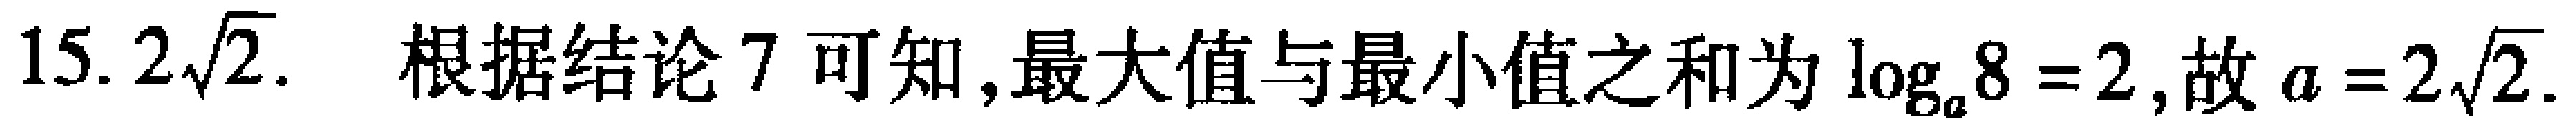
15. \(2\sqrt{2}\). 根据结论 7 可知,最大值与最小值之和为 \(\log_{a}8 = 2\),故 \(a = 2\sqrt{2}\).